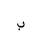
Letter: _ba